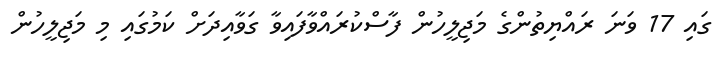
ގައި 17 ވަނަ ރައްޔިތުންގެ މަޖިލީހުން ފާސްކުރައްވާފައިވާ ގަވާއިދަށް ކަމުގައި މި މަޖިލީހުން